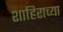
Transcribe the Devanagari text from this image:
शाहिराच्या